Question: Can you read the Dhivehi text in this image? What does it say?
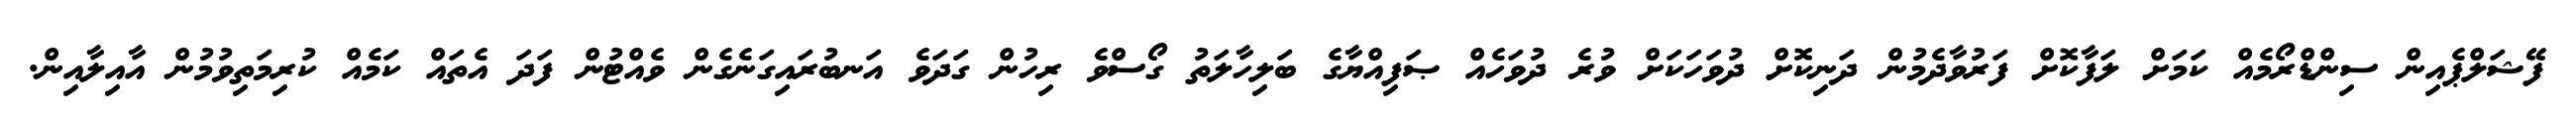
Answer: ފޭޝަލްޕެއިން ސިންޑްރޯމެއް ކަމަށް ލަފާކޮށް ފަރުވާދެމުން ދަނިކޮށް ދުވަހަކަށް ވުރެ ދުވަހެއް ޞަފިއްޔާގެ ބަލިހާލަތު ގޯސްވެ ރިހުން ގަދަވެ އަނބުރައިގަނެގެން ވެއްޓުން ފަދަ އެތައް ކަމެއް ކުރިމަތިވުމުން އާއިލާއިން.